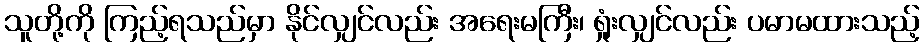
သူတို့ကို ကြည့်ရသည်မှာ နိုင်လျှင်လည်း အရေးမကြီး၊ ရှုံးလျှင်လည်း ပမာမထားသည့်